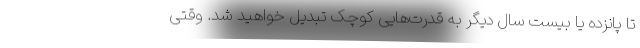
تا پانزده یا بیست سال دیگر به قدرت‌هایی کوچک تبدیل خواهید شد. وقتی